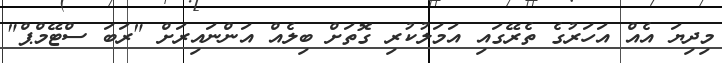
މިދިޔަ އެއް އަހަރުގެ ތެރޭގައި އަމަލުކުރި ގޮތަށް ބިލެއް އަންނައިރަށް "ރަބަ ސްޓޭމްޕް"